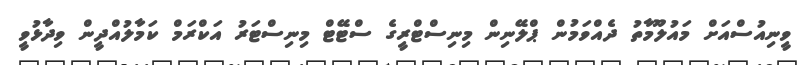
ވީނިއުސްއަށް މައުލޫމާތު ދެއްވަމުން ޕްލޭނިން މިނިސްޓްރީގެ ސްޓޭޓް މިނިސްޓަރު އަކްރަމް ކަމާލުއްދީން ވިދާޅުވީ